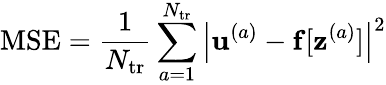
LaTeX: \mathrm{MSE}=\frac{1}{N_{\mathrm{tr}}}\sum_{a=1}^{N_{\mathrm{tr}}}\left|\mathbf{u}^{(a)}-\mathbf{f}[\mathbf{z}^{(a)}]\right|^{2}